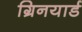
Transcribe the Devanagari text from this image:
ग्रिनयार्ड